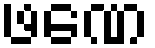
ဖဏေ